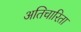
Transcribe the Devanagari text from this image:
अतिचारिता